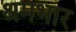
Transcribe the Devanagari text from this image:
श्रमभार